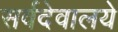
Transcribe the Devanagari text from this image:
सर्वदेवालये